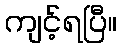
ကျင့်ရပြီ။